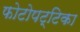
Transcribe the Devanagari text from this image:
फोटोपट्टिका